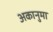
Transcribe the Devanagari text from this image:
अकानुमा